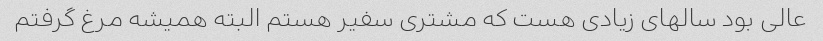
عالی بود سالهای زیادی هست که مشتری سفیر هستم البته همیشه مرغ گرفتم